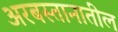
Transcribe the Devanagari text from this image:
अरबस्तानातील